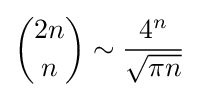
{\binom {2n}{n}}\sim {\frac {4^{n}}{\sqrt {\pi n}}}